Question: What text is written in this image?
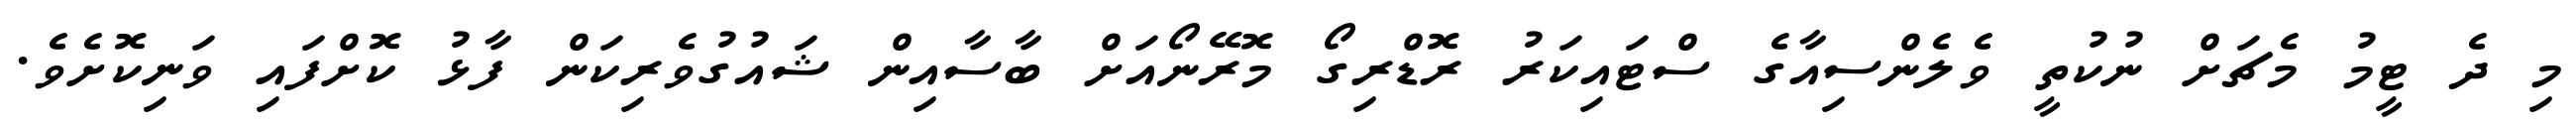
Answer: މި ދެ ޓީމު މެޗަށް ނުކުތީ ވެލެންސިއާގެ ސްޓައިކަރު ރޮޑްރިގޯ މޮރޭނޯއަށް ބާސާއިން ޝައުގުވެރިކަން ފާޅު ކޮށްފައި ވަނިކޮށެވެ.